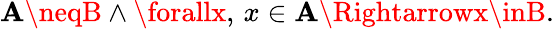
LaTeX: \mathbf{A}\neqB\land\forallx,\, x\in\mathbf{A}\Rightarrowx\inB.